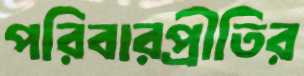
পরিবারপ্রীতির